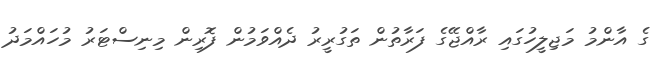
ގެ އާންމު މަޖިލީހުގައި ރާއްޖޭގެ ފަރާތުން ތަގުރީރު ދެއްވަމުން ފޮރިން މިނިސްޓަރު މުހައްމަދު